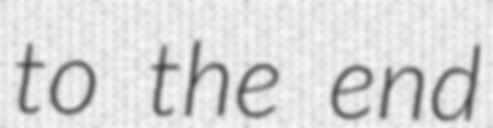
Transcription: to the end